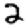
Digit: 2